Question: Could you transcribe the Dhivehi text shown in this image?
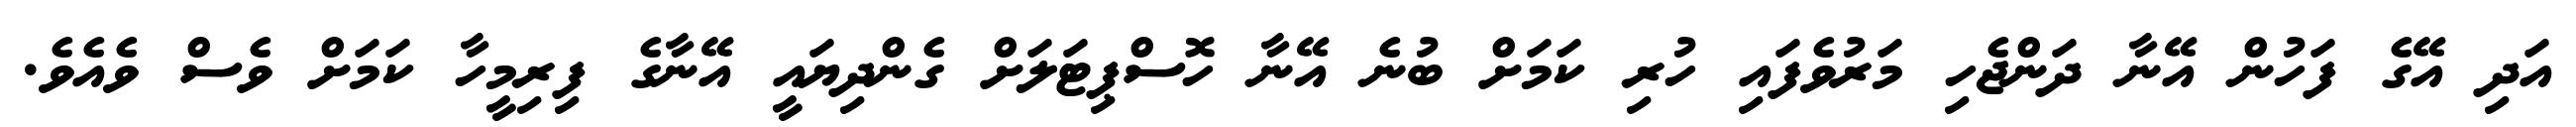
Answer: އަދި އޭގެ ފަހުން އޭނާ ދަންޖެހި މަރުވެފައި ހުރި ކަމަށް ބުނެ އޭނާ ހޮސްޕިޓަލަށް ގެންދިޔައީ އޭނާގެ ފިރިމީހާ ކަމަށް ވެސް ވެއެވެ.